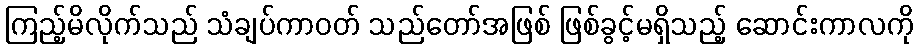
ကြည့်မိလိုက်သည် သံချပ်ကာဝတ် သည်တော်အဖြစ် ဖြစ်ခွင့်မရှိသည့် ဆောင်းကာလကို